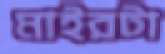
মাইরটা